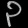
Digit: ၃